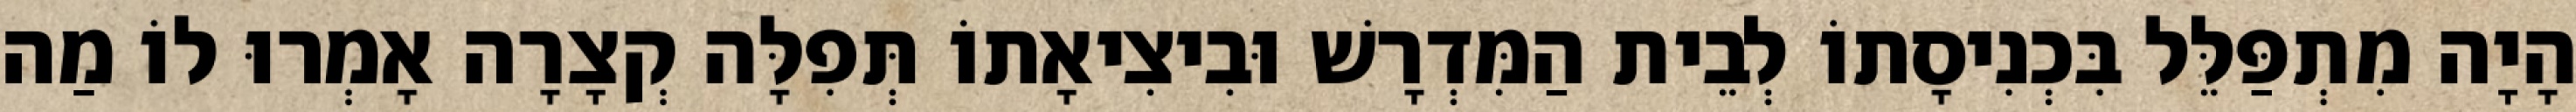
הָיָה מִתְפַּלֵּל בִּכְנִיסָתוֹ לְבֵית הַמִּדְרָשׁ וּבִיצִיאָתוֹ תְּפִלָּה קְצָרָה אָמְרוּ לוֹ מַה